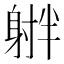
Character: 𪧻